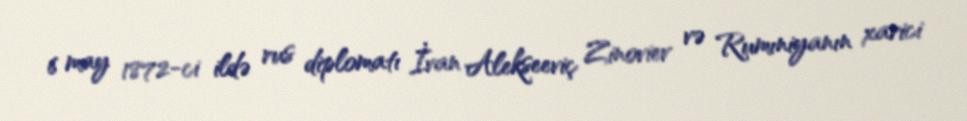
6 may 1872-ci ildə rus diplomatı İvan Alekseeviç Zinoviev və Rumıniyanın xarici